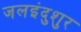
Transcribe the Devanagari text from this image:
जलइंदुशुर